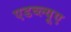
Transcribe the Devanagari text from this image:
एडब्ल्यूए